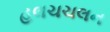
હલચચલન